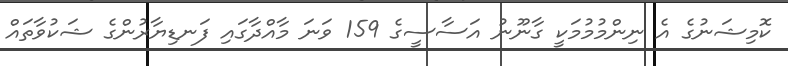
ކޮމިޝަނުގެ އެ ނިންމުމުމަކީ ގާނޫނު އަސާސީގެ 159 ވަނަ މާއްދާގައި ފަނޑިޔާރުންގެ ޝަކުވާތައް